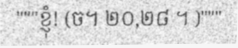
"""ខ្ញុំ! (ច។ ២០,២៨ ។ )"""